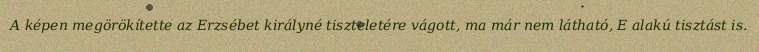
A képen megörökítette az Erzsébet királyné tiszteletére vágott, ma már nem látható, E alakú tisztást is.